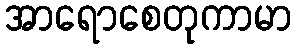
အာရောစေတုကာမာ